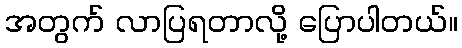
အတွက် လာပြရတာလို့ ပြောပါတယ်။